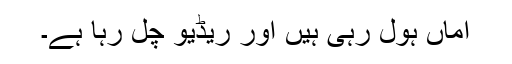
اماں ہول رہی ہیں اور ریڈیو چل رہا ہے۔